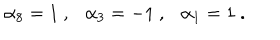
\alpha _ { 8 } = 1 \ , \ \ \ \alpha _ { 3 } = - 1 \ , \ \ \ \alpha _ { 1 } = 1 \ .